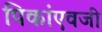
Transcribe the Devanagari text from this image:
पिकांएवजी